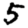
Digit: 5